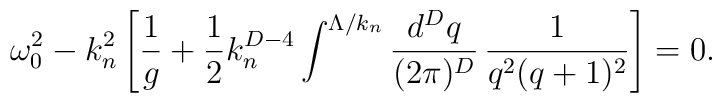
\omega_0^2-k_n^2\left[{1\over g}+{1\over2}k_n^{D-4}\int^{\Lambda/k_n}{d^Dq\over(2\pi)^D}\,{1\over q^2(q+1)^2}\right]=0.